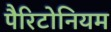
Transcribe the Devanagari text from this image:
पैरिटोनियम